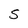
Character: S